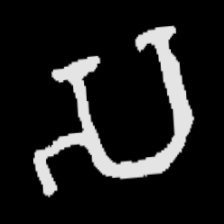
Pyu character \u2014 Myanmar letter: သ (romanized: sa)